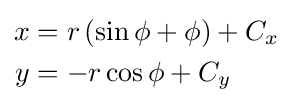
{\begin{aligned}x&=r\left(\sin \phi +\phi \right)+C_{x}\\y&=-r\cos \phi +C_{y}\end{aligned}}